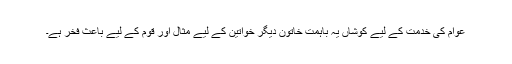
عوام کی خدمت کے لیے کوشاں یہ باہمت خاتون دیگر خواتین کے لیے مثال اور قوم کے لیے باعث فخر ہے۔